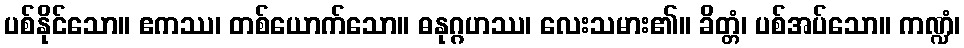
ပစ်နိုင်သော။ ဧကဿ၊ တစ်ယောက်သော။ ဓနုဂ္ဂဟဿ၊ လေးသမား၏။ ခိတ္တံ၊ ပစ်အပ်သော။ ကဏ္ဍံ၊